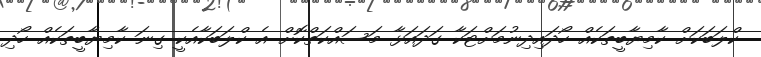
ކްލަބަކަށް ކާމިޔާބީތަކެއް ހޯދައިދިނުމަށްޓަކާ ގަދައަޅާ މަސައްކަތްކޮށް އެ ކްލަބަކާއެކީ ގިނަ ކާމިޔާބީތަކެއް ހޯދި